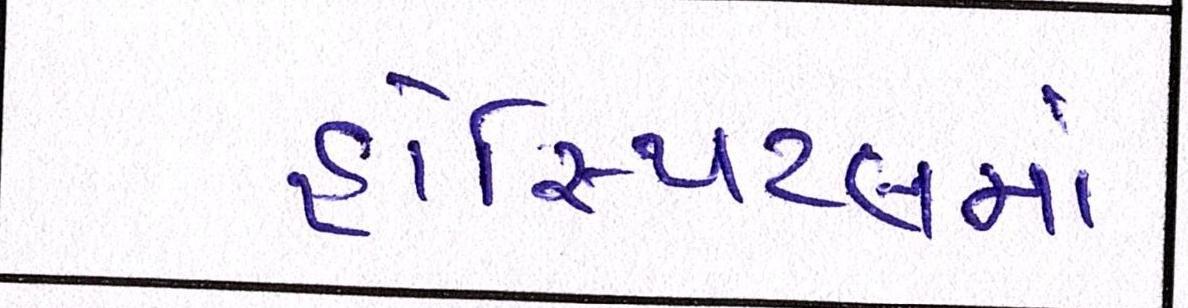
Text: હોસ્પિટલમાં